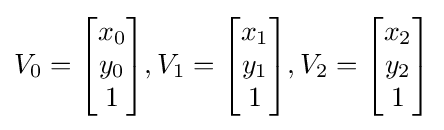
V_{0}={\begin{bmatrix}x_{0}\\y_{0}\\1\end{bmatrix}},V_{1}={\begin{bmatrix}x_{1}\\y_{1}\\1\end{bmatrix}},V_{2}={\begin{bmatrix}x_{2}\\y_{2}\\1\end{bmatrix}}